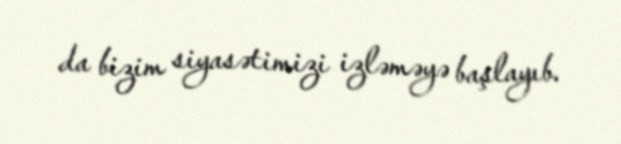
da bizim siyasətimizi izləməyə başlayıb.